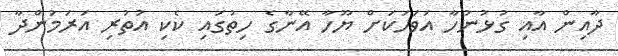
ދާއިން އާއި ގުޅުނުހާ އަވަހަކަށް ޔޫހާ އޭނާގެ ހިތުގައި ކެކި އުތުރި އަރަމުންދާ